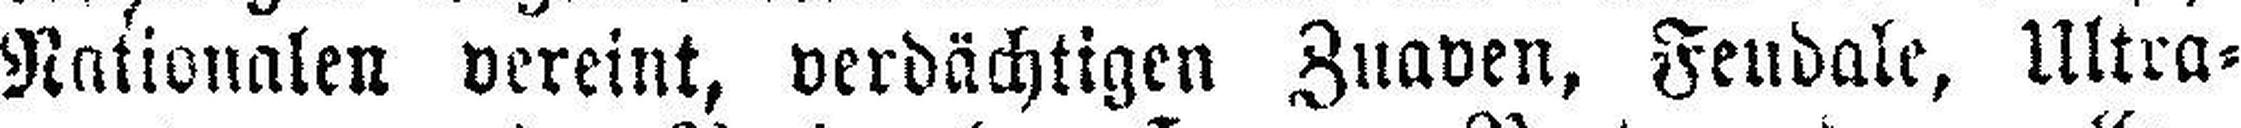
Nationalen vereint, verdächtigen Zuaven, Feudale, Ultra¬